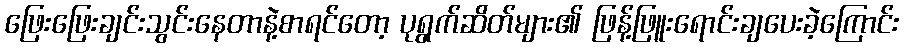
ဖြေးဖြေးချင်းသွင်းနေတာနဲ့စာရင်တော့ ပုရွက်ဆိတ်များ၏ ဖြန့်ဖြူးရောင်းချပေးခဲ့ကြောင်း